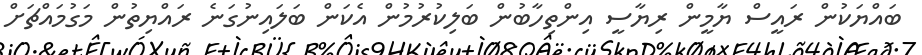
ބައްޔަކުން ރައީސް ޔާމީން ރިޔާސީ އިންތިހާބުން ބަލިކުރުމުން އެކަން ބަލައިނުގަނެ ރައްޔިތުން މަގުމައްޗަށް